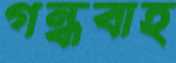
গন্ধবাহ